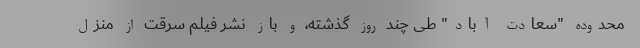
محدوده "سعادت آباد" طی چند روز گذشته، و باز نشر فیلم سرقت از منزل